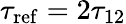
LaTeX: \tau_{\mathrm{ref}}=2\tau_{12}